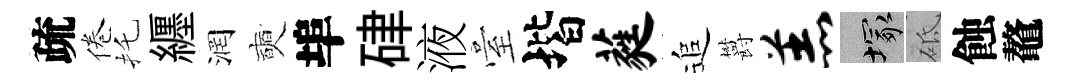
疏倦托纒润奭埠硉液臺堦蕤追欝羔塚砥蝕鼇